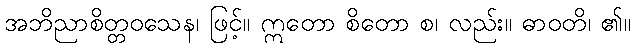
အဘိညာစိတ္တဝသေန၊ ဖြင့်။ ဣတော စိတော စ၊ လည်း။ ဓာဝတိ၊ ၏။